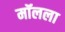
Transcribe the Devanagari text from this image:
मॉलला